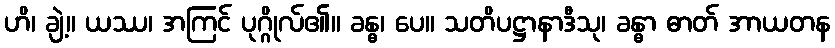
ဟိ၊ ချဲ့။ ယဿ၊ အကြင် ပုဂ္ဂိုလ်၏။ ခန္ဓ၊ ပေ။ သတိပဋ္ဌာနာဒီသု၊ ခန္ဓာ ဓာတ် အာယတန